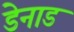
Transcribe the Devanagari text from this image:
डेनाड